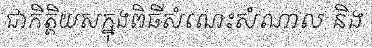
ជាកិត្តិយសក្នុងពិធីសំណេះសំណាល និង